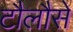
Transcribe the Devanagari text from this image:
टौलौसे